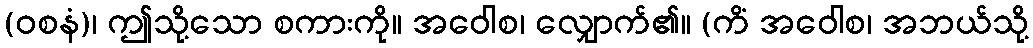
(ဝစနံ)၊ ဤသို့သော စကားကို။ အဝေါစ၊ လျှောက်၏။ (ကိံ အဝေါစ၊ အဘယ်သို့